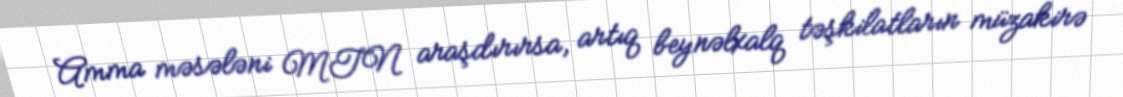
Amma məsələni MTN araşdırırsa, artıq beynəlxalq təşkilatların müzakirə